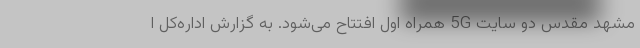
مشهد مقدس دو سایت 5G همراه اول افتتاح می‌شود. به گزارش اداره‌كل ا